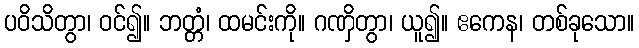
ပဝိသိတွာ၊ ဝင်၍။ ဘတ္တံ၊ ထမင်းကို။ ဂဏှိတွာ၊ ယူ၍။ ဧကေန၊ တစ်ခုသော။